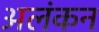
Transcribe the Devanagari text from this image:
अलंकन